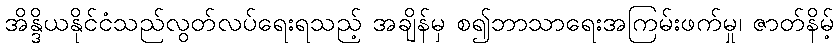
အိန္ဒိယနိုင်ငံသည်လွတ်လပ်ရေးရသည့် အချိန်မှ စ၍ဘာသာရေးအကြမ်းဖက်မှု၊ ဇာတ်နိမ့်